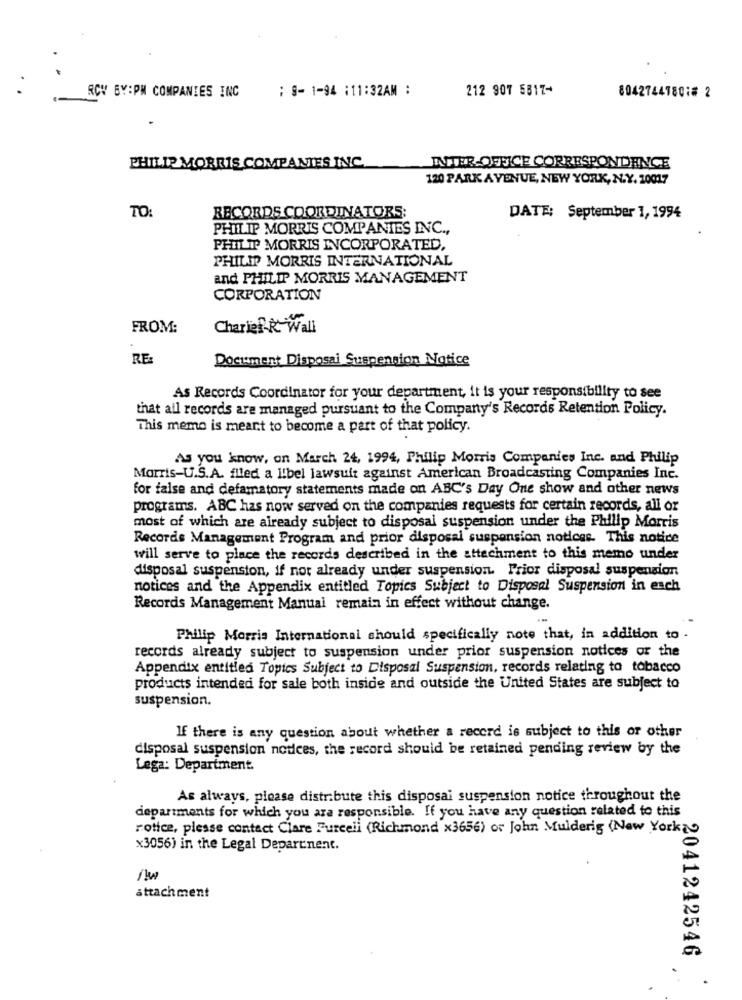
:9-1-94 :11:32AM :
212 907 5817-
RCV BY:PM COMPANIES INC
80427441801# 2
PHILIP MORRIS COMPANIES INC.
INTER-OFFICE CORRESPONDENCE
120 PARK AVENUE, NEW YORK, N.Y. 10017
TO
RECORDS COORDINATORS;
DATE: September 1, 1994
PHILIP MORRIS COMPANIES INC .,
PHILIP MORRIS INCORPORATED,
PHILIP MORRIS INTERNATIONAL
and PHILIP MORRIS MANAGEMENT
CORPORATION
FROM:
Charief-R.Wall
RE:
Document Disposal Suspension Notice
As Records Coordinator for your department, it is your responsibility to see
that all records are managed pursuant to the Company's Records Retention Policy.
This memo is meant to become a part of that policy.
As you know, on March 24, 1994, Philip Morris Companies Inc. and Philip
Morris-U.S.A. flied a libel lawsuit against American Broadcasting Companies Inc.
for false and defamatory statements made on ABC's Day One show and other news
programs. ABC has now served on the companies requests for certain records, all or
most of which are already subject to disposal suspension under the Philip Morris
Records Management Program and prior disposal suspension notices. This notice
will serve to place the records described in the attachment to this memo under
disposal suspension, if not already under suspension. Prior disposal suspension
notices and the Appendix entitled Topics Subject to Disposal Suspension in each
Records Management Manual remain in effect without change.
Philip Morris International should specifically note that, in addition to .
records already subject to suspension under prior suspension notices or the
Appendix entitled Topics Subject to Disposal Suspension, records relating to tobacco
products intended for sale both inside and outside the United States are subject to
suspension.
If there is any question about whether a record is subject to this or other
disposal suspension nodees, the record should be retained pending review by the
Lega: Department.
As always, please distribute this disposal suspension notice throughout the
departments for which you are responsible. If you have any question related to this
rotice, please contact Clare Purcell (Richmond x3656) or John Mulderig (New York)
x3056) in the Legal Department.
attachment
2041242546